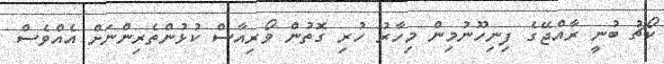
ކޯޗު ބުނީ ރާއްޖޭގެ ފިނިހޫނުމިން މިހާރު ހުރި ގޮތުން ވޯރިއާސް ކުޅުންތެރިންނަށް އެއްވެސް